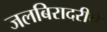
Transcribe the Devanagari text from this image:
जलबिरादरीचे